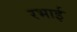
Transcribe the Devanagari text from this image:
रभाई